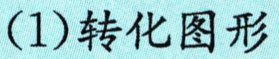
(1)转化图形